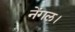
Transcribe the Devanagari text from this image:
नेंगल।